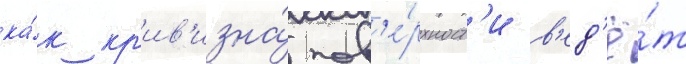
ка́к кр'ив'изна́ пов'е́рхност'и в'ед'ё́т